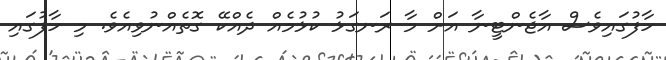
ހާފުގައިވެސް އާޖެންޓީނާ އަށް މާ ރަނގަޅު ކުޅުމެއް ދެއްކޭ ގޮތެއްނުވިއެވެ. މި ހާފުގައި